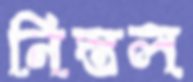
নিস্তল